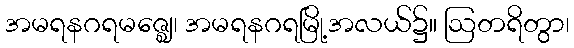
အမရနဂရမဇ္ဈေ၊ အမရနဂရမြို့အလယ်၌။ ဩတရိတွာ၊